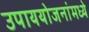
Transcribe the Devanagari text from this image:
उपाययोजनांमध्ये